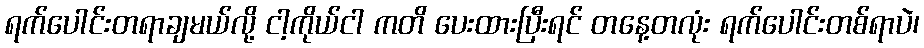
ရက်ပေါင်းတရာချမယ်လို့ ငါ့ကိုယ်ငါ ကတိ ပေးထားပြီးရင် တနေ့တလုံး ရက်ပေါင်းတစ်ရာပဲ၊